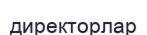
директорлар